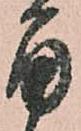
角